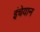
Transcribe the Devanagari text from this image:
इंचेयान